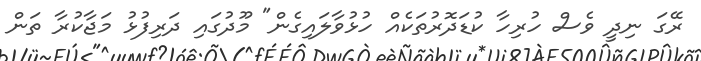
ރޭގަ ނިދީ ވެސް ހުރިހާ ކުޑަދޮރުތަކެއް ހުޅުވާލައިގެން" މޫދުގައި ދަރިފުޅު މަޖާކުރާ ތަން